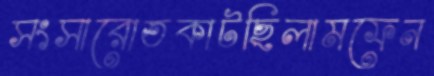
সংসারোতকাটছিলামফেন